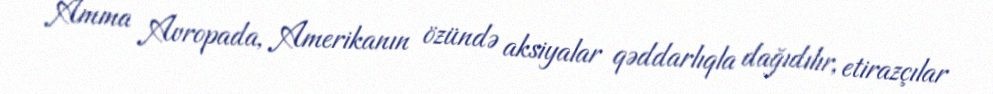
Amma Avropada, Amerikanın özündə aksiyalar qəddarlıqla dağıdılır, etirazçılar